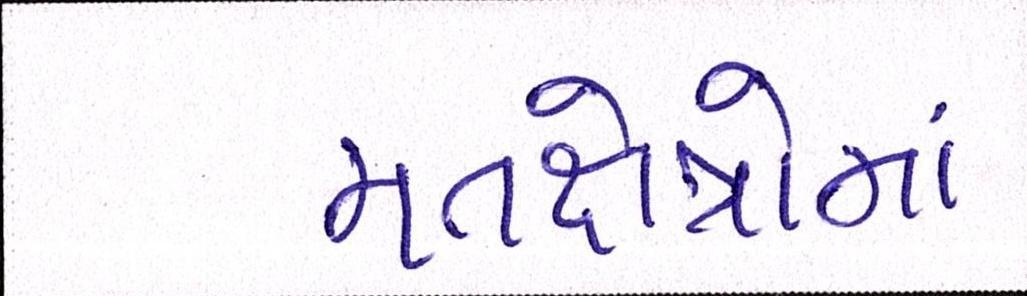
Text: મતક્ષેત્રોમાં